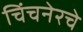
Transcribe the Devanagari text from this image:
चिंचनेरचे